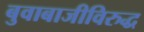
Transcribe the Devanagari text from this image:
बुवाबाजीविरुद्ध